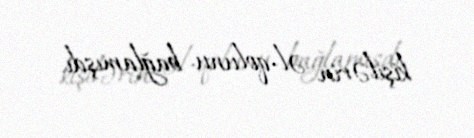
kişilərin əl-qolunu bağlamışdı.